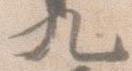
九